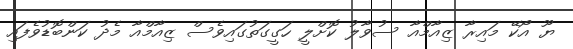
ޔޫ އޯކޭ މައިރާ ޒިއާމްއާ ސުވާލު ކޮށްލީ ހަގީގަތުގައިވެސް ޒިއާމްއާ މެދު ކަންބޮޑުވެފައި